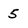
Character: 5